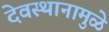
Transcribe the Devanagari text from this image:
देवस्थानामुळे